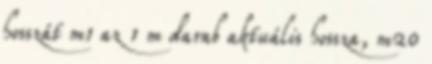
hosszát m1 az 1 m darab aktuális hossza, m20